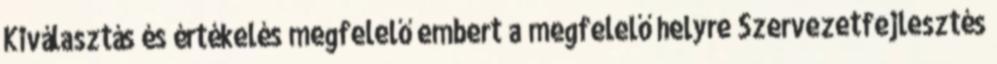
Kiválasztás és értékelés megfelelő embert a megfelelő helyre Szervezetfejlesztés